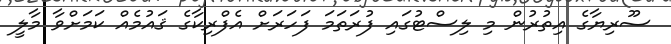
ސޫރިޔާގެ އިތުރުން މި ލިސްޓުގައި ފުރަތަމަ ފަހަރަށް އެފްރިކާގެ ޤައުމެއް ކަމަށްވާ މާލީ